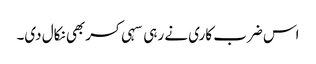
اس ضرب کاری نے رہی سہی کسربھی نکال دی۔